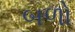
બળો